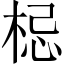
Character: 梞